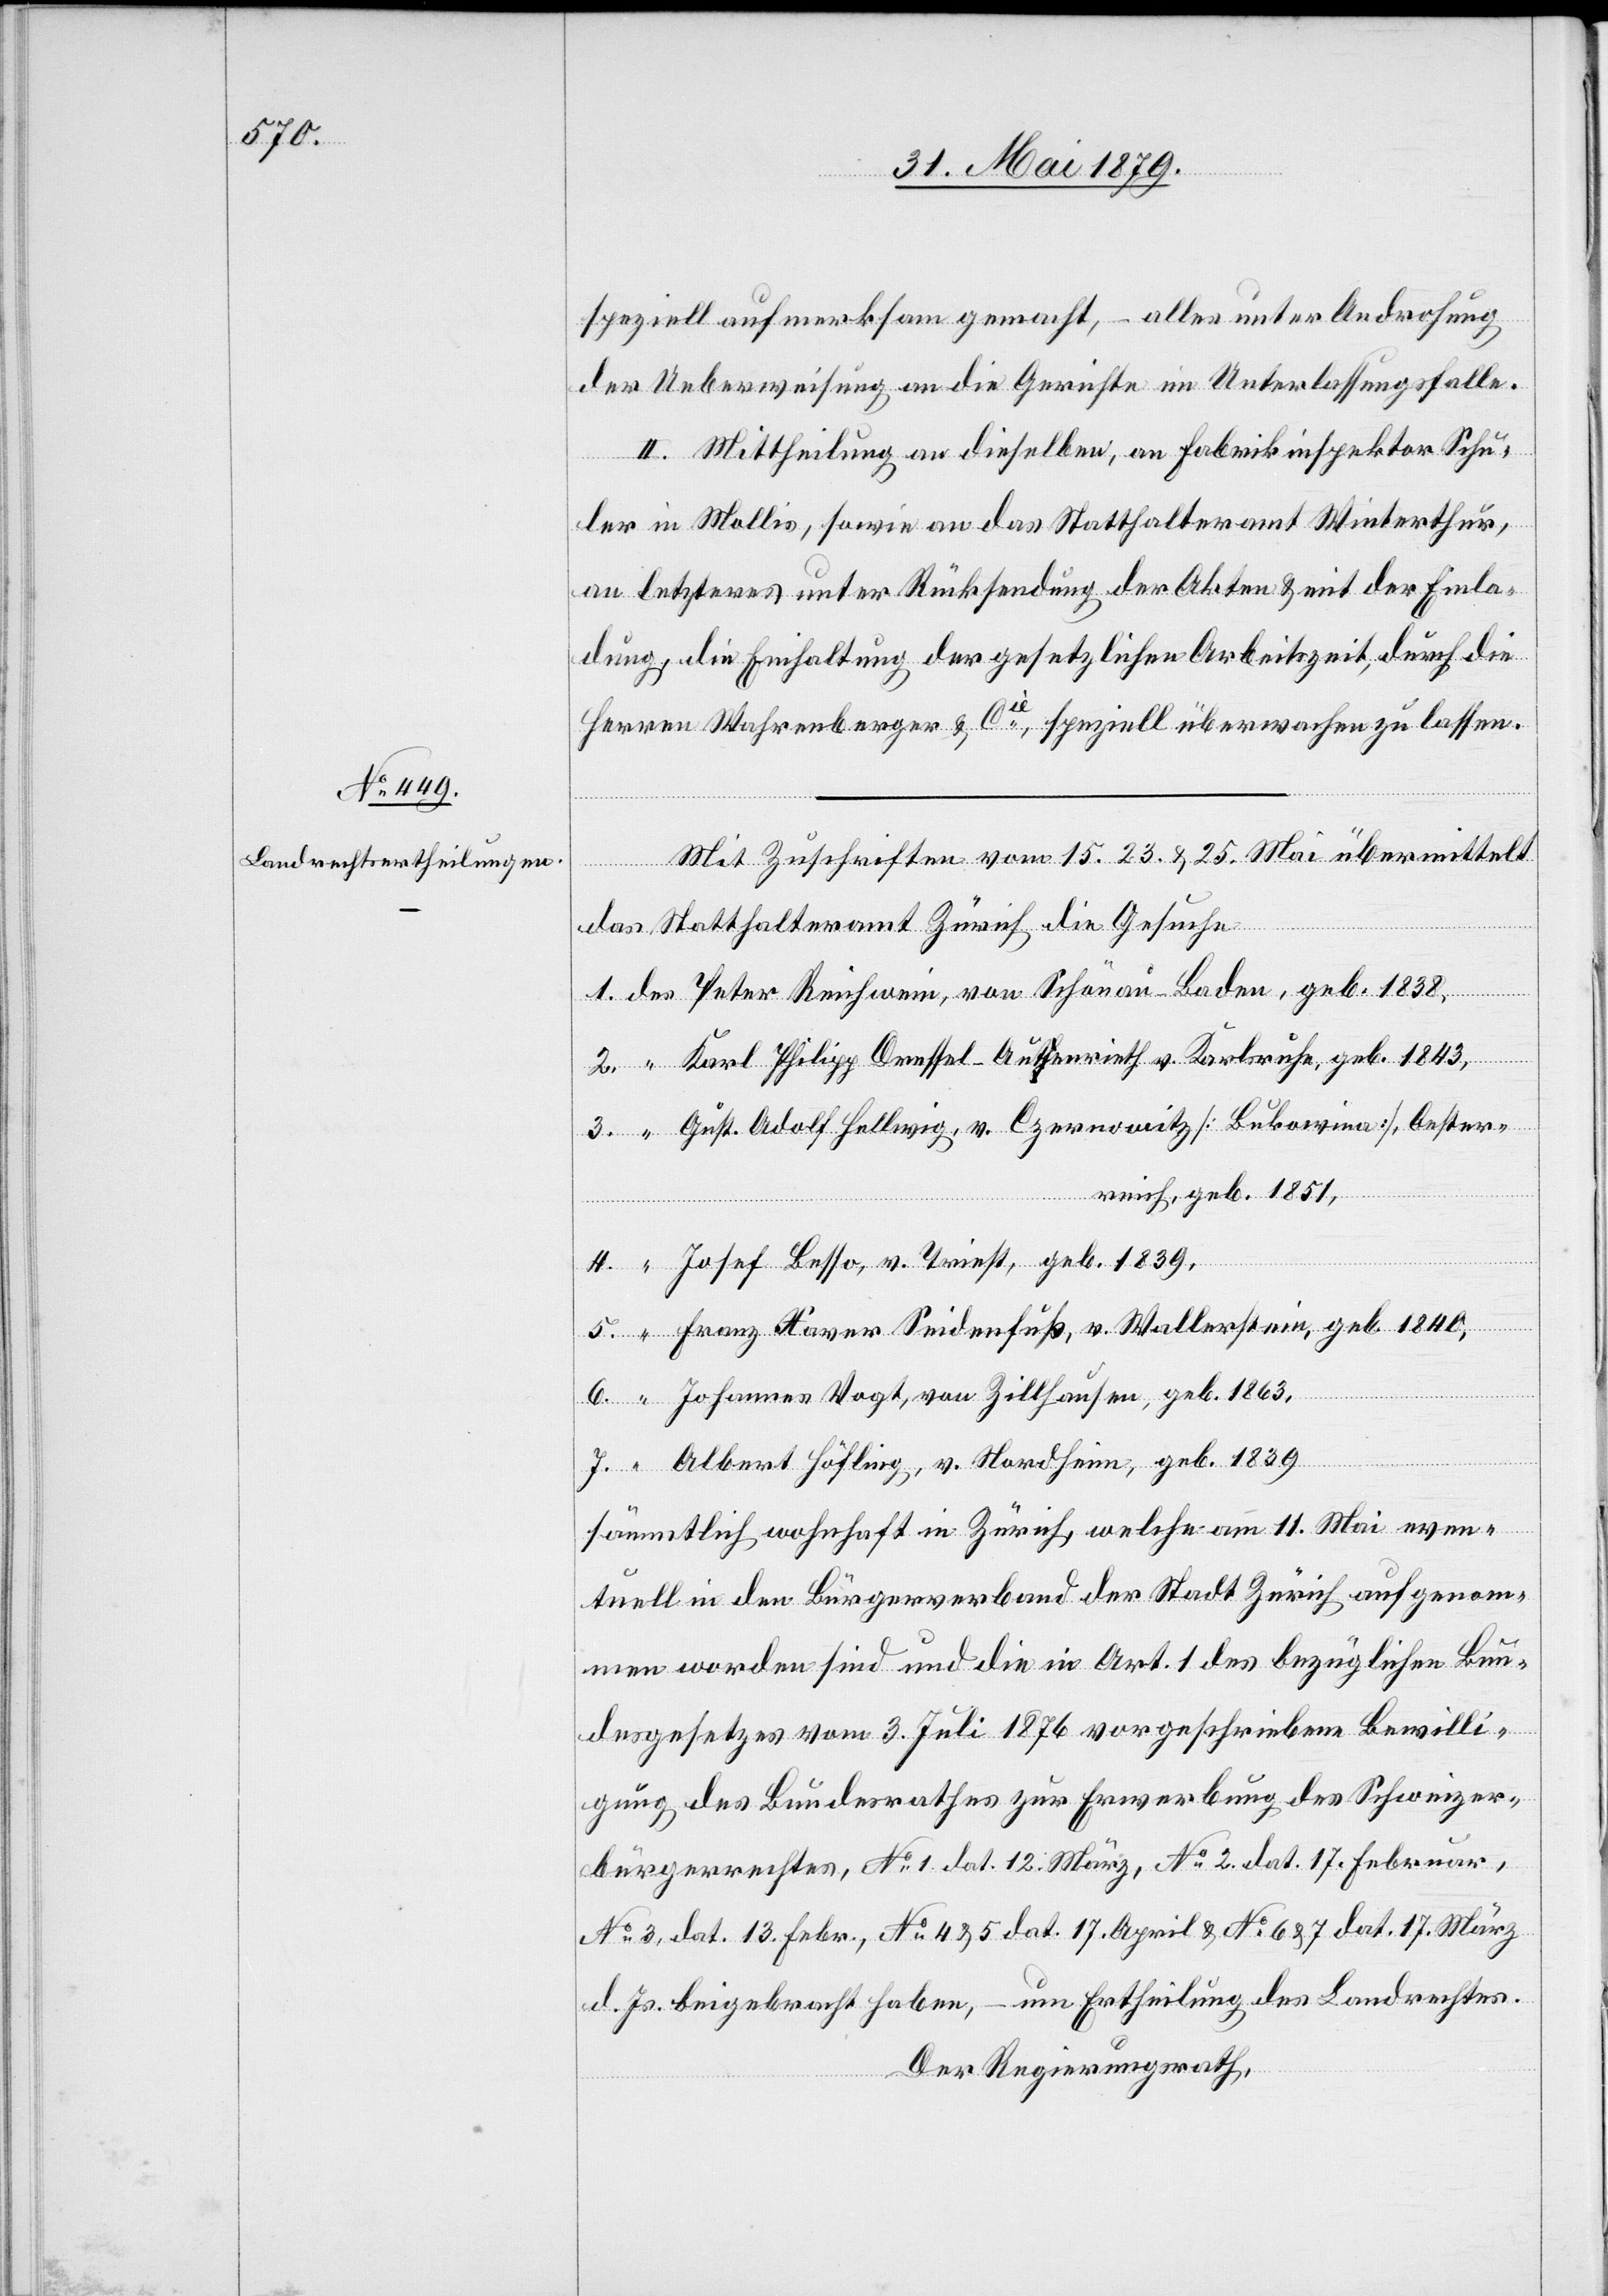
speziell aufmerksam gemacht, – alles unter Androhung
der Ueberweisung an die Gerichte im Unterlassungsfalle.
II. Mittheilung an dieselben, an Fabrikinspektor Schu¬
geb.
ler in Mollis, sowie an das Statthalteramt Winterthur,
an letzteres unter Rücksendung der Akten & mit der Einla¬
dung, die Einhaltung der gesetzlichen Arbeitszeit, durch die
Herren Wahrenberger & Cie, speziell überwachen zu lassen.
Mit Zuschriften vom 15.[,] 23. & 25. Mai übermittelt
“
das Statthalteramt Zürich die Gesuche
Baden,
Karl Philipp Dressel-Autenrieth v. Karlsruhe, geb. 1843,
Gust. Adolf Hellwig, v. Czernowitz [Bukowina], Oester¬
reich, geb. 1851,
Josef Besso, v. Triest, geb. 1839,
Franz Xaver Seidenfuß, v. Wallerstein, geb. 1840,
Johannes Vogt, von Zillhausen, geb. 1863,
Albert Höfling, v. Nordheim, geb. 1839
sämmtlich wohnhaft in Zürich, welche am 11. Mai even¬
tuell in den Bürgerverband der Stadt Zürich aufgenom¬
men worden sind und die in Art. 1 des bezüglichen Bun¬
desgesetzes vom 3. Juli 1876 vorgeschriebene Bewilli¬
gung des Bundesrathes zur Erwerbung des Schweizer¬
bürgerrechtes, No 1. dat. 12. März, No 2. dat. 17. Februar,
No 3, dat. 13. Febr., No 4 & 5 dat. 17. April & No 6 & 7 dat. 17. März
d. Js. beigebracht haben, – um Ertheilung des Landrechtes.
Der Regierungsrath,

von